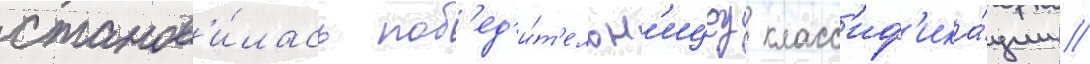
станов'и́лась поб'ед'и́т'ельн'ицеу класс'иф'ика́ции //